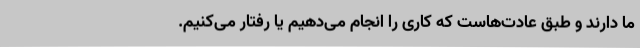
ما دارند و طبق عادت‌هاست که کاری را انجام می‌دهیم یا رفتار می‌کنیم.